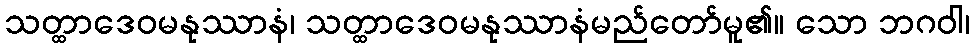
သတ္ထာဒေဝမနုဿာနံ၊ သတ္ထာဒေဝမနုဿာနံမည်တော်မူ၏။ သော ဘဂဝါ၊